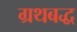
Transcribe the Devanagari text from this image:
ग्रथबद्ध